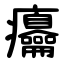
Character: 㿜